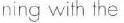
ning with the